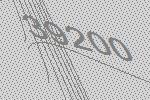
39200